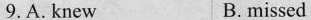
9.A. knew B.missed